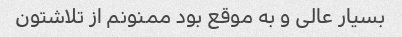
بسیار عالی و به موقع بود ممنونم از تلاشتون